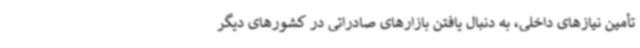
تأمین نیازهای داخلی، به دنبال یافتن بازارهای صادراتی در کشورهای دیگر